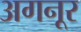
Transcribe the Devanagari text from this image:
अगनूर